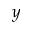
y